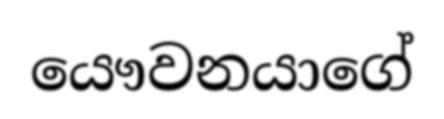
යෞවනයාගේ